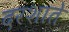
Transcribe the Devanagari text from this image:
दरशाते